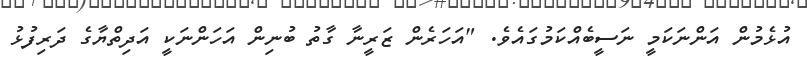
އުޅެމުން އަންނަކަމީ ނަސީބެއްކަމުގައެވެ. "އަހަރެން ޒަރީނާ ގާތު ބުނިން އަހަންނަކީ އަދިތްޔާގެ ދަރިފުޅު